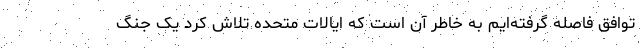
توافق فاصله گرفته‌ایم به خاطر آن است که ایالات متحده تلاش کرد یک جنگ